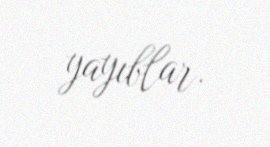
yayıblar.